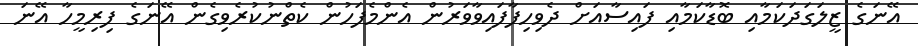
އޭނަގެ ޒީލަގަދަކަމާއި ބޮޑާކަމާއި ފައިސާއަށް ދެވިހިފާފައިވާވަރުން އެންމެފަހުން ކެތްނުކުރެވިގެން އޭނަގެ ފިރިމީހާ އޭނަ